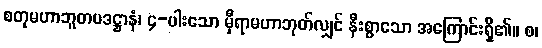
စတုမဟာဘူတပဒဋ္ဌာနံ၊ ၄-ပါးသော မှီရာမဟာဘုတ်လျှင် နီးစွာသော အကြောင်းရှိ၏။ စ၊